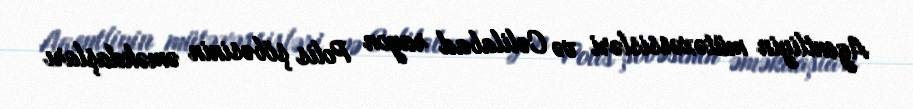
Agentliyin mütəxəssisləri və Cəlilabad rayon Polis şöbəsinin əməkdaşları